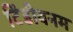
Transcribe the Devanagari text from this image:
टिंडीवनम